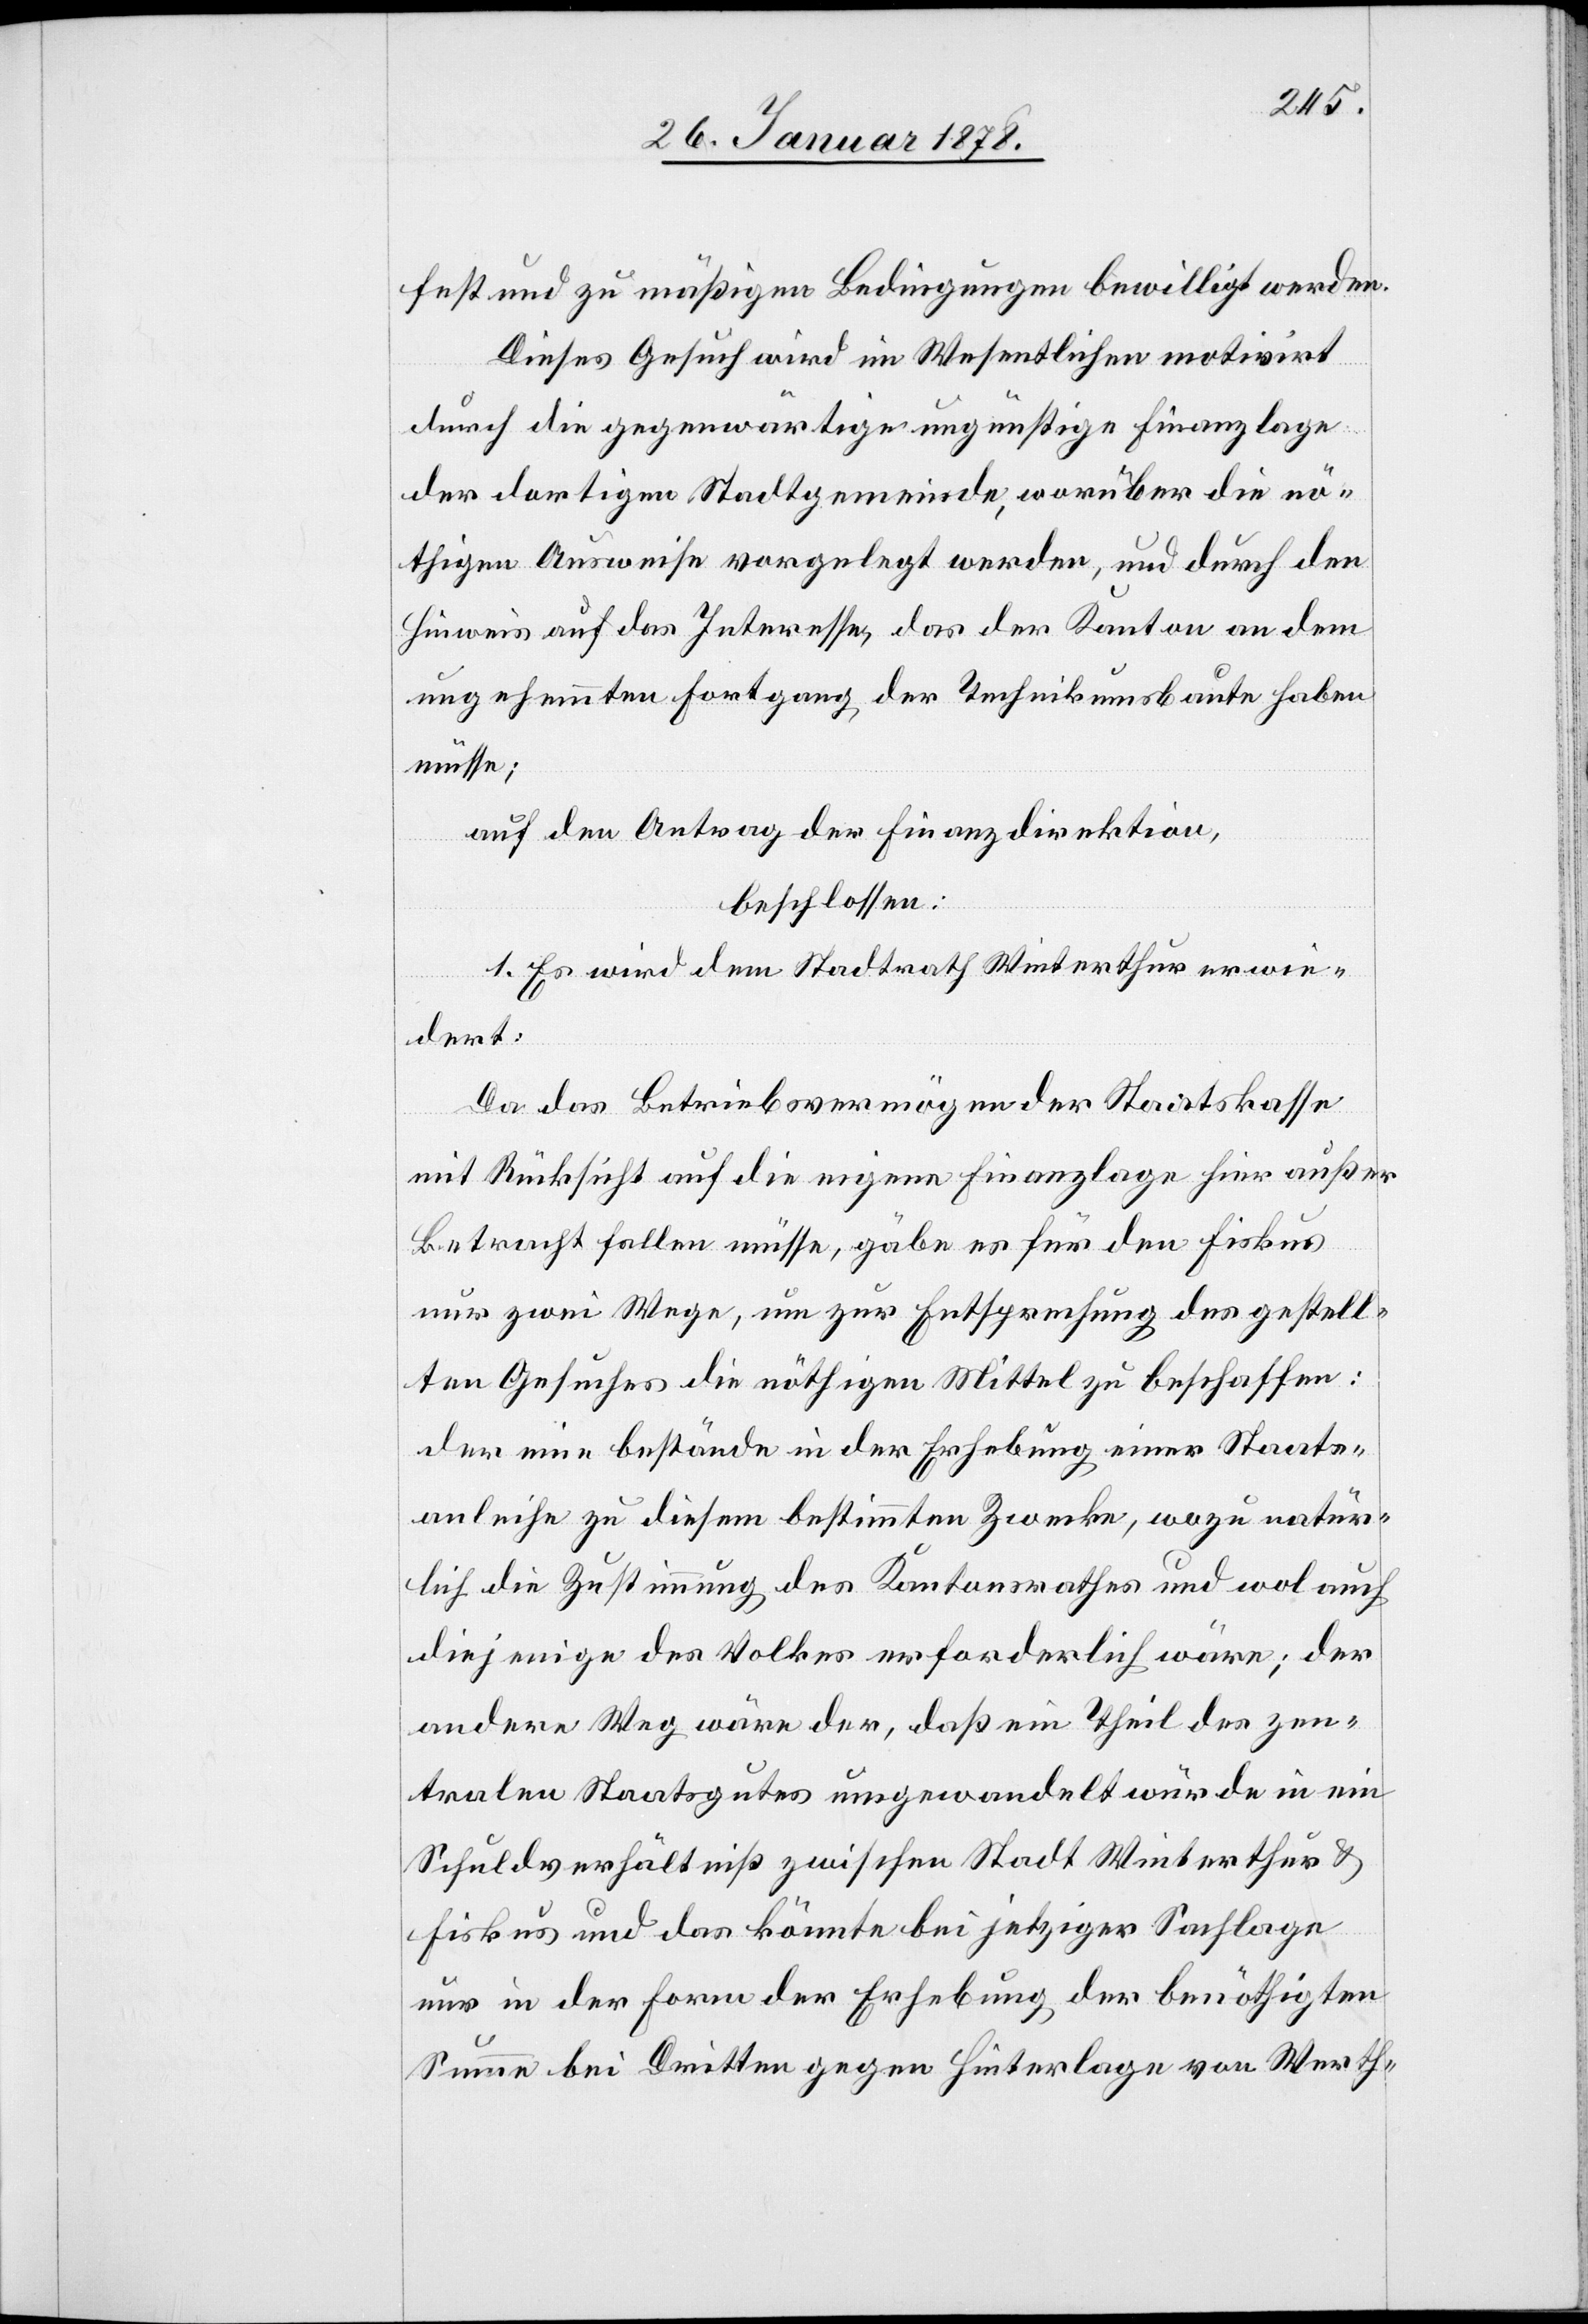
fest und zu mäßigen Bedingungen bewilligt werden.
Dieses Gesuch wird im Wesentlichen motivirt
durch die gegenwärtige ungünstige Finanzlage
der dortigen Stadtgemeinde, worüber die nö¬
thigen Ausweise vorgelegt werden, und durch den
Hinweis auf das Interesse, das der Kanton an dem
ungehemmten Fortgang der Technikumsbaute haben
müsse;
auf den Antrag der Finanzdirektion,
beschlossen:
1. Es wird dem Stadtrath Winterthur erwie¬
dert:
Da das Betriebsvermögen der Staatskasse
mit Rücksicht auf die eigene Finanzlage hier außer
Betracht fallen müsse, gäbe es für den Fiskus
nur zwei Wege, um zur Entsprechung des gestell¬
ten Gesuches die nöthigen Mittel zu beschaffen:
der eine bestände in der Erhebung einer Staats¬
anleihe zu diesem bestimmten Zwecke, wozu natür¬
lich die Zustimmung des Kantonsrathes und wol auch
diejenige des Volkes erforderlich wäre; der
andere Weg wäre der, daß ein Theil des zen¬
tralen Staatsgutes umgewandelt würde in ein
Schuldverhältniß zwischen Stadt Winterthur &
Fiskus und das könnte bei jetziger Sachlage
nur in der Form der Erhebung der benöthigten
Summe bei Dritten gegen Hinterlage von Werth-